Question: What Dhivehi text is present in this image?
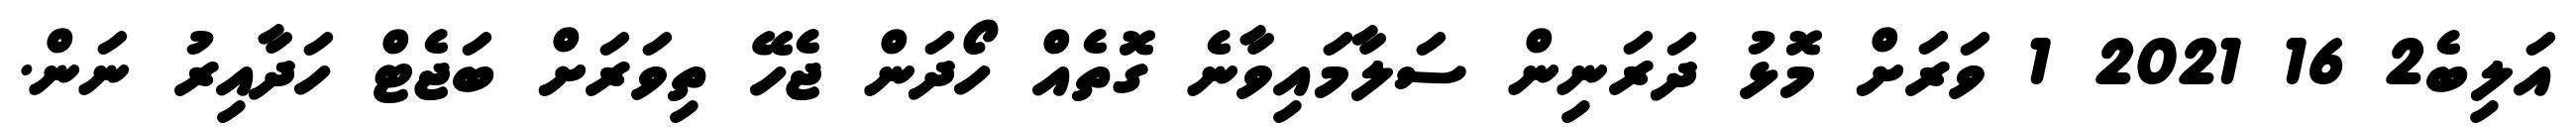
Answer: އަލިބެ2 16 2021 1 ވަރަށް މޮޅު ދަރަނިން ސަލާމައިވާނެ ގޮތެއް ހޯދަން ޖެހޭ ތިވަރަށް ބަޖެޓް ހަދާއިރު ނަން.